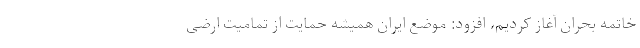
خاتمه بحران آغاز کردیم، افزود: موضع ایران همیشه حمایت از تمامیت ارضی